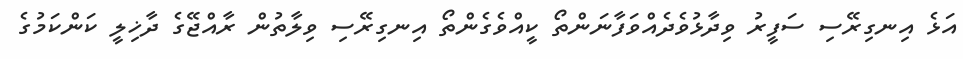
އަޅެ އިނގިރޭސި ސަފީރު ވިދާޅުވެދެއްވަފާނަންތޯ ކީއްވެގެންތޯ އިނގިރޭސި ވިލާތުން ރާއްޖޭގެ ދާޚިލީ ކަންކަމުގެ